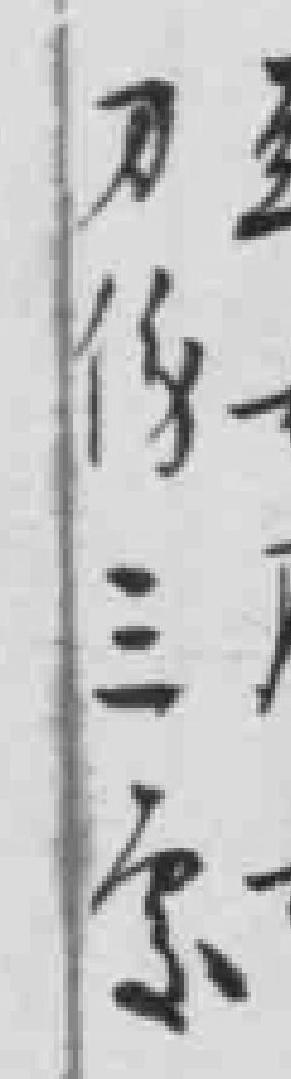
刀伤三*